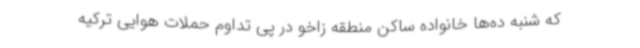
که شنبه ده‌ها خانواده ساکن منطقه زاخو در پی تداوم حملات هوایی ترکیه